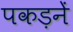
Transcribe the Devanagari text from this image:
पकड़नें